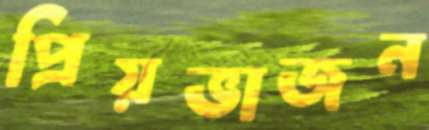
প্রিয়ভাজন